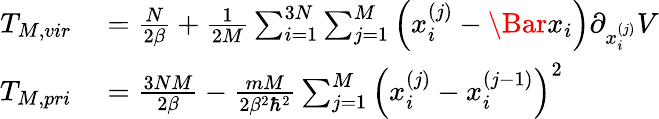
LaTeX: \begin{array}{rl}{T_{M,vir}}&{{}=\frac{N}{2\beta}+\frac{1}{2M}\sum_{i=1}^{3N}\sum_{j=1}^{M}\left(x_{i}^{(j)}-\Bar{x}_{i}\right)\partial_{x_{i}^{(j)}}V}\\ {T_{M,pri}}&{{}=\frac{3NM}{2\beta}-\frac{mM}{2\beta^{2}\hbar^{2}}\sum_{j=1}^{M}\left(x_{i}^{(j)}-x_{i}^{(j-1)}\right)^{2}}\end{array}